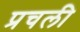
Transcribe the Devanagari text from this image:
प्रचली